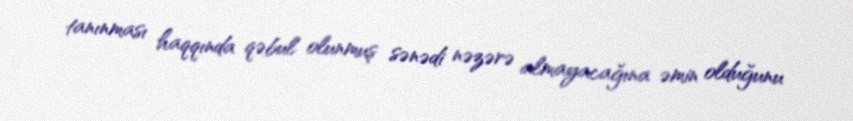
tanınması haqqında qəbul olunmuş sənədi nəzərə almayacağına əmin olduğunu